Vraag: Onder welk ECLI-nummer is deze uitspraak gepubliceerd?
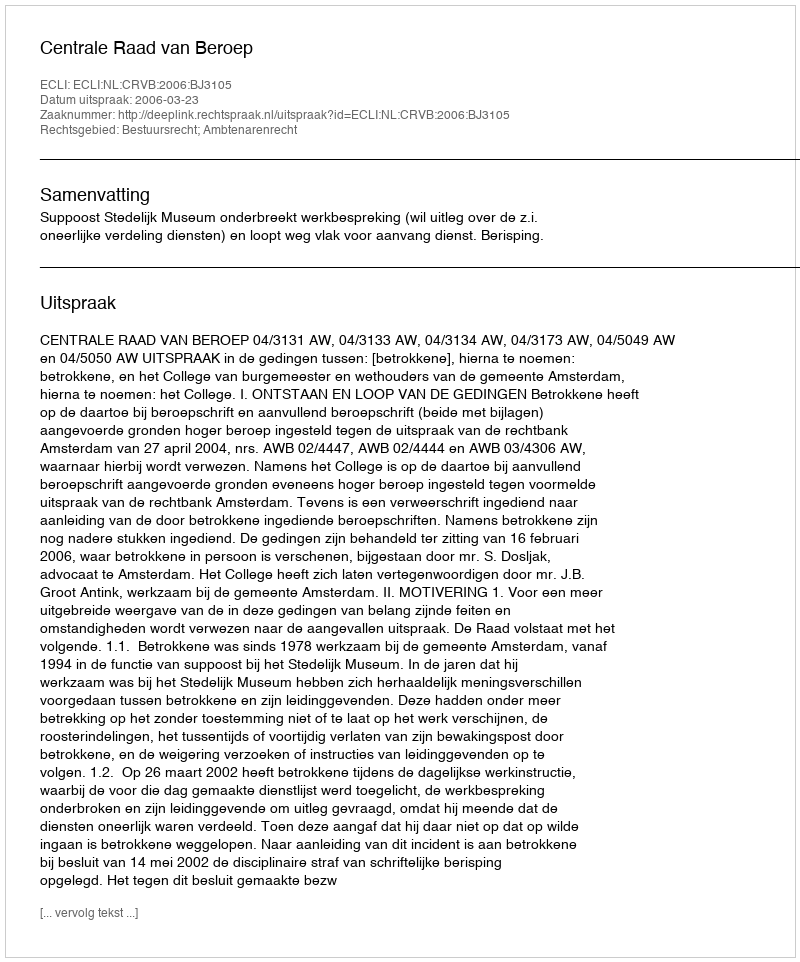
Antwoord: ECLI:NL:CRVB:2006:BJ3105